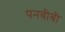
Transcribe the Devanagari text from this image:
पनबीबी